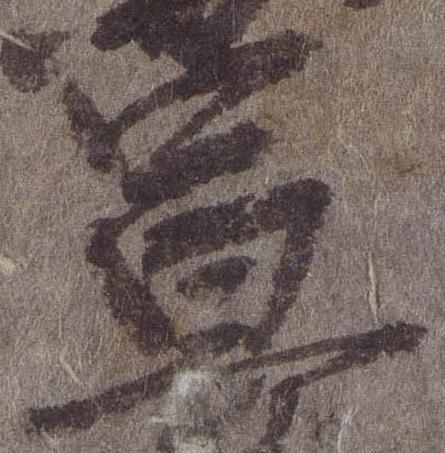
宣